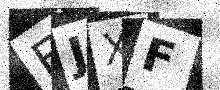
Text: EJXF